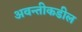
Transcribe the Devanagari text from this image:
अवन्तीकडील